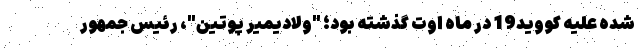
شده علیه کووید19 در ماه اوت گذشته بود؛ "ولادیمیر پوتین"، رئیس جمهور